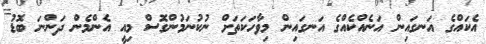
އެކައްގެ އަނގައިން އަނެއްކެއްގެ އަނގައިން މިވާހަކަތަށް ނުކުނަމުންގޮސް މިއީ އެންމެން ދަންނަ ބޮޑު